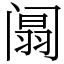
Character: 阘